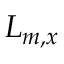
L _ { m , x }